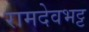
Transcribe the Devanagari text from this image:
रामदेवभट्ट